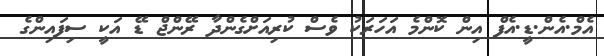
އެމް.އެން.ޑީ.އެފް އިން ކޮންމެ އަހަރަކު ވެސް ކުރިއަށްގެންދާ ރޭންޖް ޑޭ އަކީ ސިފައިންގެ